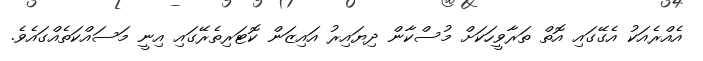
އެއްރެއަކު އެގޭގައި އޮތް ތަރާވީހަކަށް މުސްކާން ދިޔައިރު އައިޒަން ކޮޓަރިތެރޭގައި އިނީ މަސައްކަތެއްގައެވެ.